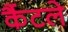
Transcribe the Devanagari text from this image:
कैंटले